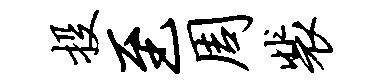
投至周裴